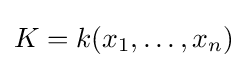
K=k(x_{1},\dots ,x_{n})